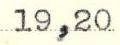
19,20